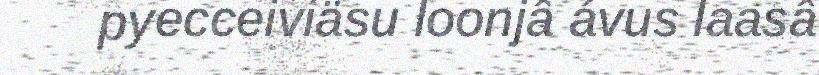
pyecceiviäsu loonjâ ávus laasâ